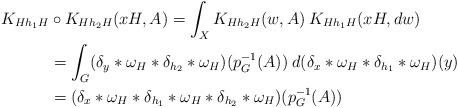
LaTeX: \begin{align*}K_{Hh_1H}&\circ K_{Hh_2H}(xH, A)= \int_X K_{Hh_2H}(w, A)\> K_{Hh_1H}(xH, dw)\\&=\int_G (\delta_y*\omega_H*\delta_{h_2}*\omega_H)(p_G^{-1}(A)) \> d(\delta_x*\omega_H*\delta_{h_1}*\omega_H)(y)\\&=(\delta_x*\omega_H*\delta_{h_1}*\omega_H*\delta_{h_2}*\omega_H)(p_G^{-1}(A))\end{align*}